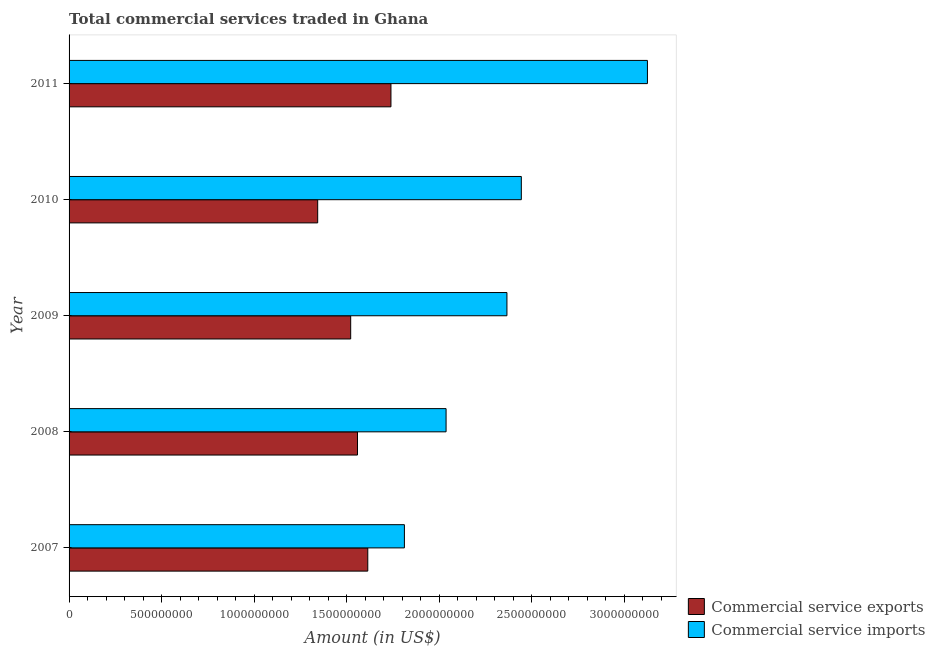
| Year | Commercial service exports | Commercial service imports |
 | --- | --- | --- |
 | 2007 | 1.61e+09 | 1.81e+09 |
 | 2008 | 1.56e+09 | 2.04e+09 |
 | 2009 | 1.52e+09 | 2.37e+09 |
 | 2010 | 1.34e+09 | 2.44e+09 |
 | 2011 | 1.74e+09 | 3.13e+09 |